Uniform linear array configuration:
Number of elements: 12
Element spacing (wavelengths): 0.25
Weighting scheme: blackman
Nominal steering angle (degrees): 30
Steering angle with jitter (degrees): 30.802
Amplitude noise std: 0.05
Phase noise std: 0.05

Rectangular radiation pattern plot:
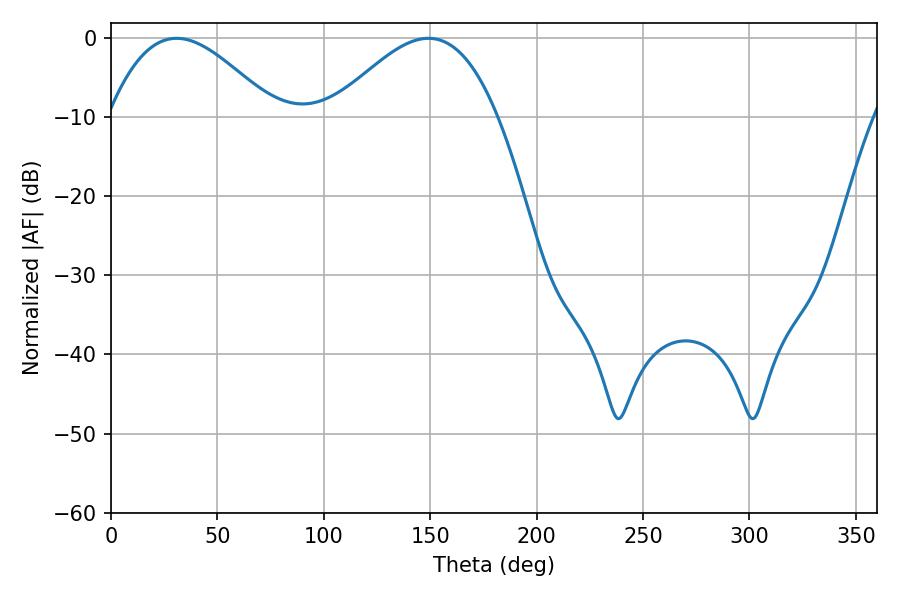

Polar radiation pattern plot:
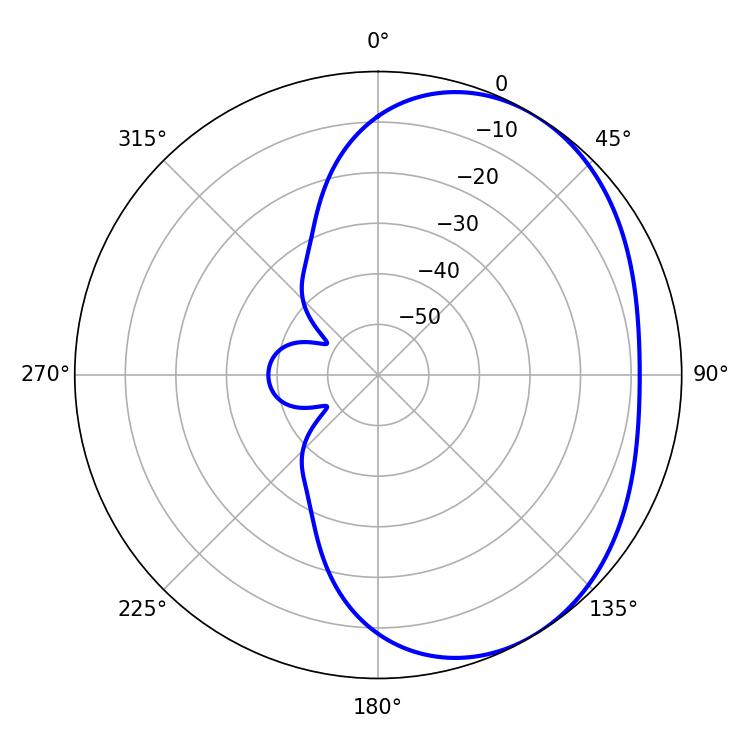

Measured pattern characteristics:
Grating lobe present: FALSE
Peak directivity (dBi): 3.325
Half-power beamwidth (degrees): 41.94
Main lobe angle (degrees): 30.78